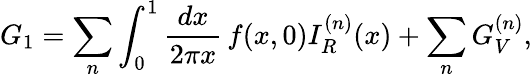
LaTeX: G_{1}=\sum_{n}\int_{0}^{1}{\frac{dx}{2\pi x}}\, f(x,0)I_{R}^{(n)}(x)+\sum_{n}G_{V}^{(n)},